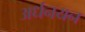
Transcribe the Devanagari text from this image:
अर्धनयन